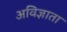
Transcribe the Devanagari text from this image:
अविज्ञाता